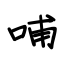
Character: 哺